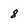
Character: 8